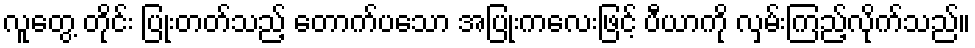
လူတွေ့ တိုင်း ပြုံးတတ်သည့် တောက်ပသော အပြုံးကလေးဖြင့် ပီယာကို လှမ်းကြည့်လိုက်သည်။